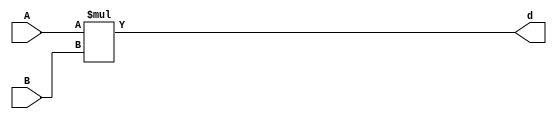
// *** FDN this application is optimized for a system with one multiplier
//         with the configurability of accurate (24 bit) and in accurate (set by
//         a2_cut, b2_cut and b1_cut. Note that both multiplication uses the same
//         multiplier, but the first one is shifted properly
`timescale 1ns / 1ps

`define a1_cut 0
`define b1_cut 8
`define a2_cut 8
`define b2_cut 8

// *** FDN: multiplier
module multiply(A, B, d);
   parameter BitWidth = 23;
   input [BitWidth : 0] A;
   input [BitWidth : 0] B;
   output [2*(BitWidth+1) - 1 : 0] d;
   assign d = $signed(A) * $signed(B);
endmodule

// *** F:DN multiplier wrapper
module multiply__wrapper (A_in_to_wrapper, B_in_to_wrapper, state, rstP, clk, racc,rapx, P, count0);
   parameter BitWidth = 23;
   
   input [BitWidth : 0] A_in_to_wrapper;
   input [BitWidth : 0] B_in_to_wrapper;
   input [8:0] count0;
   input [2:0] state;      
   input rstP; 
   input clk;
   input racc; //accurate bits reset  
   input rapx; //apx bits reset
   output [31:0] P; 

   wire [BitWidth : 0] A_in;
   wire [BitWidth : 0] B_in;
   wire [2*(BitWidth+1) - 1 : 0] d_out;
   wire [2*(BitWidth+1) - 1 : 0] d_out_temp;
   wire [BitWidth : 0] A_in_to_multiply;
   wire [BitWidth : 0] B_in_to_multiply;
   //.................................................... 
   reg [BitWidth : 0] A;
   reg [BitWidth : 0] B;
   reg [31: 0] P_tmp;
   reg [31: 0] P_reg;  

   // *** F:DN combination logic 
   assign A_in = A;
   assign B_in = B;
  
//   assign A_in_to_multiply =  (state == 3'b010) ? (A_in << 8): {A_in[BitWidth: `a2_cut], {(`a2_cut){1'b0}}};
//   assign B_in_to_multiply =  (state == 3'b010) ? {B_in[BitWidth:`b1_cut], {(`b1_cut){1'b0}}} : {B_in[BitWidth:`b2_cut], {(`b2_cut){1'b0}}};
  
   assign A_in_to_multiply =  (state == 3'b010) ? (A_in << 8): A_in;
   assign B_in_to_multiply =  B_in;

   assign P = P_reg;
   multiply mul(A_in_to_multiply, B_in_to_multiply, d_out_temp);
   assign d_out = (state == 3'b010) ? (d_out_temp>>8) : d_out_temp;

   // *** F:DN sequential logic
   always@(posedge clk or negedge racc)
   begin
       if (racc == 1'b1)begin
           A <= 24'h0;
           B <= 24'h0; 
       end
       else if ((state == 3'b001 && count0 == 9'd63) ||
           (state == 3'b010))begin
           A[BitWidth:`a1_cut] <= A_in_to_wrapper[BitWidth: `a1_cut];
           B[BitWidth: `b1_cut] <= B_in_to_wrapper[BitWidth: `b1_cut];
       end
       else if 
           ((state == 3'b011) ||
           (state == 3'b100))begin
           A[BitWidth:`a2_cut] <= A_in_to_wrapper[BitWidth:`a2_cut];
           B[BitWidth: `b2_cut] <= B_in_to_wrapper[BitWidth:`b2_cut];
       end
   end

  always@(posedge clk or negedge rapx)
  begin
      if ((state == 3'b001 && count0 == 9'd63) ||
          (state == 3'b010))begin
          if (rapx == 1'b1)begin  
              //A[BitWidth:a1_cut] <= A_in_to_wrapper; //commented out since a1_cut is set to be zero all the time
              B[`b1_cut -1 :0] <= {(`b1_cut){1'b0}};
          end
          else begin
              //A[h:a1_cut] <= A_in_to_wrapper; //commented out since a1_cut is always set to zero
              B[`b1_cut -1 :0] <= B_in_to_wrapper[`b1_cut -1 :0];
          end       
      end
      else if ((state == 3'b011) ||
          (state == 3'b100))begin
          if (rapx == 1'b1)begin  
              A[`a2_cut -1 :0] <=  {(`a2_cut){1'b0}};
              B[`b2_cut -1 :0] <= {(`b2_cut){1'b0}};
          end
          else begin
              A[`a2_cut -1 :0] <=  A_in_to_wrapper[`a2_cut - 1: 0];
              B[`b2_cut - 1 :0] <= B_in_to_wrapper[`b2_cut -1 :0];

          end
      end
  end


   /*
   always @(posedge clk or negedge rapx)                                               
   begin                                                                               
   if (~rapx)                                                                        
   begin                                                                             
   a_reg[DATA_PATH_BITWIDTH- OP_BITWIDTH - 1 : 0]<= 0;                           
   b_reg[DATA_PATH_BITWIDTH- OP_BITWIDTH - 1 : 0]<= 0;                           
  end                                                                               
  else                                                                                                                                                        
  begin                                                                             
  a_reg[DATA_PATH_BITWIDTH- OP_BITWIDTH - 1: 0]<= a[DATA_PATH_BITWIDTH- OP_BITWIDTH - 1: 0];                                                              
  b_reg[DATA_PATH_BITWIDTH- OP_BITWIDTH - 1: 0]<= b[DATA_PATH_BITWIDTH- OP_BITWIDTH - 1: 0];    
  end                                                                               
  end

  */


   always@(posedge clk or posedge racc)
   begin
       if (rstP == 1'b1) begin
           P_reg <= 32'b0;
       end
       else if (state ==  3'b010)begin
           P_tmp[31:0] = {{3{d_out[31]}}, d_out[31:3]};
           P_reg <= P_tmp;
       end
       else begin
	       P_reg[31:0] <= {{3{d_out[39]}}, d_out[39:11]};
       end
   end

endmodule



module idct(clk, start, racc, rapx, din, done, dout, state_out, reading);
   

//   integer ftw;
//   ftw = $fopen("behzads__dubuging_output.txt", "w");
   
   parameter BitWidth = 31;
   parameter BitWidth1 = 32;
	
   input clk, start;
   input racc;  
   input rapx; 
   output done;
   output reading;
   output [2:0] state_out;  
   
   input [BitWidth:0] din;
   output [BitWidth:0] dout;
   
   wire clk, start;
   wire racc;  
   reg done;
   reg reading;
   wire[2:0] state_out;  
   
   wire [BitWidth:0] din;
   reg [BitWidth:0] dout;
   
   reg [8:0] count0, count1, count2, count3;
   reg [23:0] B;
   reg [23:0] A;
   
   

   
   wire [BitWidth:0] P;
   reg [BitWidth:0] Sum; 
 


   wire [BitWidth:0] Sum_tmp;
   
   wire [BitWidth:0] COSBlock[0:7][0:7];
   reg [BitWidth:0] InBlock[0:7][0:7];  
   reg [BitWidth:0] TempBlock[0:7][0:7];
   reg [BitWidth:0] OutBlock[0:7][0:7];
   
   reg [2:0] state;      
   wire[2:0] i0, j0, k0, k2, i3, j3, k3;
   integer fpa;
   
   assign i0 = count0[8:6];
   assign j0 = count0[5:3];
   assign k0 = count0[2:0];    
   assign k2 = count2[2:0];    
   assign i3 = count3[8:6];
   assign j3 = count3[5:3];
   assign k3 = count3[2:0];    
   
   assign state_out = state;  
         
   assign Sum_tmp = P + Sum;
         
   assign COSBlock[0][0][15:0] = 16'd23170;   assign COSBlock[0][0][BitWidth:16] = {(BitWidth1-16){COSBlock[0][0][15]}};
   assign COSBlock[0][1][15:0] = 16'd32138;   assign COSBlock[0][1][BitWidth:16] = {(BitWidth1-16){COSBlock[0][1][15]}};
   assign COSBlock[0][2][15:0] = 16'd30274;   assign COSBlock[0][2][BitWidth:16] = {(BitWidth1-16){COSBlock[0][2][15]}};
   assign COSBlock[0][3][15:0] = 16'd27246;   assign COSBlock[0][3][BitWidth:16] = {(BitWidth1-16){COSBlock[0][3][15]}};
   assign COSBlock[0][4][15:0] = 16'd23170;   assign COSBlock[0][4][BitWidth:16] = {(BitWidth1-16){COSBlock[0][4][15]}};
   assign COSBlock[0][5][15:0] = 16'd18205;   assign COSBlock[0][5][BitWidth:16] = {(BitWidth1-16){COSBlock[0][5][15]}};
   assign COSBlock[0][6][15:0] = 16'd12540;   assign COSBlock[0][6][BitWidth:16] = {(BitWidth1-16){COSBlock[0][6][15]}};
   assign COSBlock[0][7][15:0] = 16'd6393;   assign COSBlock[0][7][BitWidth:16] = {(BitWidth1-16){COSBlock[0][7][15]}};

   assign COSBlock[1][0][15:0] = 16'd23170;   assign COSBlock[1][0][BitWidth:16] = {(BitWidth1-16){COSBlock[1][0][15]}};
   assign COSBlock[1][1][15:0] = 16'd27246;   assign COSBlock[1][1][BitWidth:16] = {(BitWidth1-16){COSBlock[1][1][15]}};
   assign COSBlock[1][2][15:0] = 16'd12540;   assign COSBlock[1][2][BitWidth:16] = {(BitWidth1-16){COSBlock[1][2][15]}};
   assign COSBlock[1][3][15:0] = 16'd59143;   assign COSBlock[1][3][BitWidth:16] = {(BitWidth1-16){COSBlock[1][3][15]}};
   assign COSBlock[1][4][15:0] = 16'd42366;   assign COSBlock[1][4][BitWidth:16] = {(BitWidth1-16){COSBlock[1][4][15]}};
   assign COSBlock[1][5][15:0] = 16'd33398;   assign COSBlock[1][5][BitWidth:16] = {(BitWidth1-16){COSBlock[1][5][15]}};
   assign COSBlock[1][6][15:0] = 16'd35262;   assign COSBlock[1][6][BitWidth:16] = {(BitWidth1-16){COSBlock[1][6][15]}};
   assign COSBlock[1][7][15:0] = 16'd47331;   assign COSBlock[1][7][BitWidth:16] = {(BitWidth1-16){COSBlock[1][7][15]}};

   assign COSBlock[2][0][15:0] = 16'd23170;   assign COSBlock[2][0][BitWidth:16] = {(BitWidth1-16){COSBlock[2][0][15]}};
   assign COSBlock[2][1][15:0] = 16'd18205;   assign COSBlock[2][1][BitWidth:16] = {(BitWidth1-16){COSBlock[2][1][15]}};
   assign COSBlock[2][2][15:0] = 16'd52996;   assign COSBlock[2][2][BitWidth:16] = {(BitWidth1-16){COSBlock[2][2][15]}};
   assign COSBlock[2][3][15:0] = 16'd33398;   assign COSBlock[2][3][BitWidth:16] = {(BitWidth1-16){COSBlock[2][3][15]}};
   assign COSBlock[2][4][15:0] = 16'd42366;   assign COSBlock[2][4][BitWidth:16] = {(BitWidth1-16){COSBlock[2][4][15]}};
   assign COSBlock[2][5][15:0] = 16'd6393;   assign COSBlock[2][5][BitWidth:16] = {(BitWidth1-16){COSBlock[2][5][15]}};
   assign COSBlock[2][6][15:0] = 16'd30274;   assign COSBlock[2][6][BitWidth:16] = {(BitWidth1-16){COSBlock[2][6][15]}};
   assign COSBlock[2][7][15:0] = 16'd27246;   assign COSBlock[2][7][BitWidth:16] = {(BitWidth1-16){COSBlock[2][7][15]}};

   assign COSBlock[3][0][15:0] = 16'd23170;   assign COSBlock[3][0][BitWidth:16] = {(BitWidth1-16){COSBlock[3][0][15]}};
   assign COSBlock[3][1][15:0] = 16'd6393;   assign COSBlock[3][1][BitWidth:16] = {(BitWidth1-16){COSBlock[3][1][15]}};
   assign COSBlock[3][2][15:0] = 16'd35262;   assign COSBlock[3][2][BitWidth:16] = {(BitWidth1-16){COSBlock[3][2][15]}};
   assign COSBlock[3][3][15:0] = 16'd47331;   assign COSBlock[3][3][BitWidth:16] = {(BitWidth1-16){COSBlock[3][3][15]}};
   assign COSBlock[3][4][15:0] = 16'd23170;   assign COSBlock[3][4][BitWidth:16] = {(BitWidth1-16){COSBlock[3][4][15]}};
   assign COSBlock[3][5][15:0] = 16'd27246;   assign COSBlock[3][5][BitWidth:16] = {(BitWidth1-16){COSBlock[3][5][15]}};
   assign COSBlock[3][6][15:0] = 16'd52996;   assign COSBlock[3][6][BitWidth:16] = {(BitWidth1-16){COSBlock[3][6][15]}};
   assign COSBlock[3][7][15:0] = 16'd33398;   assign COSBlock[3][7][BitWidth:16] = {(BitWidth1-16){COSBlock[3][7][15]}};

   assign COSBlock[4][0][15:0] = 16'd23170;   assign COSBlock[4][0][BitWidth:16] = {(BitWidth1-16){COSBlock[4][0][15]}};
   assign COSBlock[4][1][15:0] = 16'd59143;   assign COSBlock[4][1][BitWidth:16] = {(BitWidth1-16){COSBlock[4][1][15]}};
   assign COSBlock[4][2][15:0] = 16'd35262;   assign COSBlock[4][2][BitWidth:16] = {(BitWidth1-16){COSBlock[4][2][15]}};
   assign COSBlock[4][3][15:0] = 16'd18205;   assign COSBlock[4][3][BitWidth:16] = {(BitWidth1-16){COSBlock[4][3][15]}};
   assign COSBlock[4][4][15:0] = 16'd23170;   assign COSBlock[4][4][BitWidth:16] = {(BitWidth1-16){COSBlock[4][4][15]}};
   assign COSBlock[4][5][15:0] = 16'd38290;   assign COSBlock[4][5][BitWidth:16] = {(BitWidth1-16){COSBlock[4][5][15]}};
   assign COSBlock[4][6][15:0] = 16'd52996;   assign COSBlock[4][6][BitWidth:16] = {(BitWidth1-16){COSBlock[4][6][15]}};
   assign COSBlock[4][7][15:0] = 16'd32138;   assign COSBlock[4][7][BitWidth:16] = {(BitWidth1-16){COSBlock[4][7][15]}};

   assign COSBlock[5][0][15:0] = 16'd23170;   assign COSBlock[5][0][BitWidth:16] = {(BitWidth1-16){COSBlock[5][0][15]}};
   assign COSBlock[5][1][15:0] = 16'd47331;   assign COSBlock[5][1][BitWidth:16] = {(BitWidth1-16){COSBlock[5][1][15]}};
   assign COSBlock[5][2][15:0] = 16'd52996;   assign COSBlock[5][2][BitWidth:16] = {(BitWidth1-16){COSBlock[5][2][15]}};
   assign COSBlock[5][3][15:0] = 16'd32138;   assign COSBlock[5][3][BitWidth:16] = {(BitWidth1-16){COSBlock[5][3][15]}};
   assign COSBlock[5][4][15:0] = 16'd42366;   assign COSBlock[5][4][BitWidth:16] = {(BitWidth1-16){COSBlock[5][4][15]}};
   assign COSBlock[5][5][15:0] = 16'd59143;   assign COSBlock[5][5][BitWidth:16] = {(BitWidth1-16){COSBlock[5][5][15]}};
   assign COSBlock[5][6][15:0] = 16'd30274;   assign COSBlock[5][6][BitWidth:16] = {(BitWidth1-16){COSBlock[5][6][15]}};
   assign COSBlock[5][7][15:0] = 16'd38290;   assign COSBlock[5][7][BitWidth:16] = {(BitWidth1-16){COSBlock[5][7][15]}};

   assign COSBlock[6][0][15:0] = 16'd23170;   assign COSBlock[6][0][BitWidth:16] = {(BitWidth1-16){COSBlock[6][0][15]}};
   assign COSBlock[6][1][15:0] = 16'd38290;   assign COSBlock[6][1][BitWidth:16] = {(BitWidth1-16){COSBlock[6][1][15]}};
   assign COSBlock[6][2][15:0] = 16'd12540;   assign COSBlock[6][2][BitWidth:16] = {(BitWidth1-16){COSBlock[6][2][15]}};
   assign COSBlock[6][3][15:0] = 16'd6393;   assign COSBlock[6][3][BitWidth:16] = {(BitWidth1-16){COSBlock[6][3][15]}};
   assign COSBlock[6][4][15:0] = 16'd42366;   assign COSBlock[6][4][BitWidth:16] = {(BitWidth1-16){COSBlock[6][4][15]}};
   assign COSBlock[6][5][15:0] = 16'd32138;   assign COSBlock[6][5][BitWidth:16] = {(BitWidth1-16){COSBlock[6][5][15]}};
   assign COSBlock[6][6][15:0] = 16'd35262;   assign COSBlock[6][6][BitWidth:16] = {(BitWidth1-16){COSBlock[6][6][15]}};
   assign COSBlock[6][7][15:0] = 16'd18205;   assign COSBlock[6][7][BitWidth:16] = {(BitWidth1-16){COSBlock[6][7][15]}};

   assign COSBlock[7][0][15:0] = 16'd23170;   assign COSBlock[7][0][BitWidth:16] = {(BitWidth1-16){COSBlock[7][0][15]}};
   assign COSBlock[7][1][15:0] = 16'd33398;   assign COSBlock[7][1][BitWidth:16] = {(BitWidth1-16){COSBlock[7][1][15]}};
   assign COSBlock[7][2][15:0] = 16'd30274;   assign COSBlock[7][2][BitWidth:16] = {(BitWidth1-16){COSBlock[7][2][15]}};
   assign COSBlock[7][3][15:0] = 16'd38290;   assign COSBlock[7][3][BitWidth:16] = {(BitWidth1-16){COSBlock[7][3][15]}};
   assign COSBlock[7][4][15:0] = 16'd23170;   assign COSBlock[7][4][BitWidth:16] = {(BitWidth1-16){COSBlock[7][4][15]}};
   assign COSBlock[7][5][15:0] = 16'd47331;   assign COSBlock[7][5][BitWidth:16] = {(BitWidth1-16){COSBlock[7][5][15]}};
   assign COSBlock[7][6][15:0] = 16'd12540;   assign COSBlock[7][6][BitWidth:16] = {(BitWidth1-16){COSBlock[7][6][15]}};
   assign COSBlock[7][7][15:0] = 16'd59143;   assign COSBlock[7][7][BitWidth:16] = {(BitWidth1-16){COSBlock[7][7][15]}};

   
//   wire [31: 0] mul_res;
   //wire [63: 0] mul_res;
   //assign mul_res[63:0] = $signed(A) * $signed(B); //changed
   
   //assign mul_res[63:`a2_cut + `b2_cut] = $signed(A[31:`a2_cut]) * $signed(B[31:`b2_cut]); //changed
   //assign mul_res [(`a2_cut + `b2_cut - 1):0] = {(`a2_cut + `b2_cut){1'b0}}; //changed
   //wire [31:0]mul_res__0; 
   //assign mul_res__0[31:0] = A * B; //changed


    wire rstP; 
    wire [23: 0] A_in;
    wire [23: 0] B_in;
    assign A_in = A;
    assign B_in = B;
      

    assign rstP = ((racc == 1) || (( state ==  3'b001) && count0 == 9'd63) || (state == 3'b011)) ? 1'b1: 1'b0;
    
    wire [23:0] A_in_to_wrapper;
    wire [23:0] B_in_to_wrapper;
    assign A_in_to_wrapper = (state == 3'b001)? InBlock[0][0][23:0]:
        ((state == 3'b010)? InBlock[j0][k0][23:0]:
        ((state == 3'b011)? TempBlock[0][0][31:8]: 
        ((state == 3'b100) ? TempBlock[k0][i0][31:8]:
        24'b1)));
    assign B_in_to_wrapper = (state == 3'b001) ? COSBlock[0][0][23:0]:
        ((state == 3'b010)? COSBlock[i0][k0][23:0]:
        ((state == 3'b011)? COSBlock[0][0][23:0]: 
        ((state == 3'b100) ? COSBlock[j0][k0][23:0]:
        24'b1)));

    
    //reg rapx;
    multiply__wrapper mult(A_in_to_wrapper, B_in_to_wrapper, state, rstP, clk, racc,rapx, P, count0);




   
   always@(posedge clk or posedge racc)
   begin
      if(racc == 1)
         begin
            done <= 0;            
            dout <= 32'h0;
            state <= 3'b000;        
            reading <= 0;
            
            InBlock[0][0] <= 32'h0; InBlock[0][1] <= 32'h0; InBlock[0][2] <= 32'h0; InBlock[0][3] <= 32'h0; InBlock[0][4] <= 32'h0; InBlock[0][5] <= 32'h0; InBlock[0][6] <= 32'h0; InBlock[0][7] <= 32'h0;
            InBlock[1][0] <= 32'h0; InBlock[1][1] <= 32'h0; InBlock[1][2] <= 32'h0; InBlock[1][3] <= 32'h0; InBlock[1][4] <= 32'h0; InBlock[1][5] <= 32'h0; InBlock[1][6] <= 32'h0; InBlock[1][7] <= 32'h0;
            InBlock[2][0] <= 32'h0; InBlock[2][1] <= 32'h0; InBlock[2][2] <= 32'h0; InBlock[2][3] <= 32'h0; InBlock[2][4] <= 32'h0; InBlock[2][5] <= 32'h0; InBlock[2][6] <= 32'h0; InBlock[2][7] <= 32'h0;
            InBlock[3][0] <= 32'h0; InBlock[3][1] <= 32'h0; InBlock[3][2] <= 32'h0; InBlock[3][3] <= 32'h0; InBlock[3][4] <= 32'h0; InBlock[3][5] <= 32'h0; InBlock[3][6] <= 32'h0; InBlock[3][7] <= 32'h0;
            InBlock[4][0] <= 32'h0; InBlock[4][1] <= 32'h0; InBlock[4][2] <= 32'h0; InBlock[4][3] <= 32'h0; InBlock[4][4] <= 32'h0; InBlock[4][5] <= 32'h0; InBlock[4][6] <= 32'h0; InBlock[4][7] <= 32'h0;
            InBlock[5][0] <= 32'h0; InBlock[5][1] <= 32'h0; InBlock[5][2] <= 32'h0; InBlock[5][3] <= 32'h0; InBlock[5][4] <= 32'h0; InBlock[5][5] <= 32'h0; InBlock[5][6] <= 32'h0; InBlock[5][7] <= 32'h0;
            InBlock[6][0] <= 32'h0; InBlock[6][1] <= 32'h0; InBlock[6][2] <= 32'h0; InBlock[6][3] <= 32'h0; InBlock[6][4] <= 32'h0; InBlock[6][5] <= 32'h0; InBlock[6][6] <= 32'h0; InBlock[6][7] <= 32'h0;
            InBlock[7][0] <= 32'h0; InBlock[7][1] <= 32'h0; InBlock[7][2] <= 32'h0; InBlock[7][3] <= 32'h0; InBlock[7][4] <= 32'h0; InBlock[7][5] <= 32'h0; InBlock[7][6] <= 32'h0; InBlock[7][7] <= 32'h0;
            
            TempBlock[0][0] <= 32'h0; TempBlock[0][1] <= 32'h0; TempBlock[0][2] <= 32'h0; TempBlock[0][3] <= 32'h0; TempBlock[0][4] <= 32'h0; TempBlock[0][5] <= 32'h0; TempBlock[0][6] <= 32'h0; TempBlock[0][7] <= 32'h0;
            TempBlock[1][0] <= 32'h0; TempBlock[1][1] <= 32'h0; TempBlock[1][2] <= 32'h0; TempBlock[1][3] <= 32'h0; TempBlock[1][4] <= 32'h0; TempBlock[1][5] <= 32'h0; TempBlock[1][6] <= 32'h0; TempBlock[1][7] <= 32'h0;
            TempBlock[2][0] <= 32'h0; TempBlock[2][1] <= 32'h0; TempBlock[2][2] <= 32'h0; TempBlock[2][3] <= 32'h0; TempBlock[2][4] <= 32'h0; TempBlock[2][5] <= 32'h0; TempBlock[2][6] <= 32'h0; TempBlock[2][7] <= 32'h0;
            TempBlock[3][0] <= 32'h0; TempBlock[3][1] <= 32'h0; TempBlock[3][2] <= 32'h0; TempBlock[3][3] <= 32'h0; TempBlock[3][4] <= 32'h0; TempBlock[3][5] <= 32'h0; TempBlock[3][6] <= 32'h0; TempBlock[3][7] <= 32'h0;
            TempBlock[4][0] <= 32'h0; TempBlock[4][1] <= 32'h0; TempBlock[4][2] <= 32'h0; TempBlock[4][3] <= 32'h0; TempBlock[4][4] <= 32'h0; TempBlock[4][5] <= 32'h0; TempBlock[4][6] <= 32'h0; TempBlock[4][7] <= 32'h0;
            TempBlock[5][0] <= 32'h0; TempBlock[5][1] <= 32'h0; TempBlock[5][2] <= 32'h0; TempBlock[5][3] <= 32'h0; TempBlock[5][4] <= 32'h0; TempBlock[5][5] <= 32'h0; TempBlock[5][6] <= 32'h0; TempBlock[5][7] <= 32'h0;
            TempBlock[6][0] <= 32'h0; TempBlock[6][1] <= 32'h0; TempBlock[6][2] <= 32'h0; TempBlock[6][3] <= 32'h0; TempBlock[6][4] <= 32'h0; TempBlock[6][5] <= 32'h0; TempBlock[6][6] <= 32'h0; TempBlock[6][7] <= 32'h0;
            TempBlock[7][0] <= 32'h0; TempBlock[7][1] <= 32'h0; TempBlock[7][2] <= 32'h0; TempBlock[7][3] <= 32'h0; TempBlock[7][4] <= 32'h0; TempBlock[7][5] <= 32'h0; TempBlock[7][6] <= 32'h0; TempBlock[7][7] <= 32'h0;        
            
            OutBlock[0][0] <= 32'h0; OutBlock[0][1] <= 32'h0; OutBlock[0][2] <= 32'h0; OutBlock[0][3] <= 32'h0; OutBlock[0][4] <= 32'h0; OutBlock[0][5] <= 32'h0; OutBlock[0][6] <= 32'h0; OutBlock[0][7] <= 32'h0;
            OutBlock[1][0] <= 32'h0; OutBlock[1][1] <= 32'h0; OutBlock[1][2] <= 32'h0; OutBlock[1][3] <= 32'h0; OutBlock[1][4] <= 32'h0; OutBlock[1][5] <= 32'h0; OutBlock[1][6] <= 32'h0; OutBlock[1][7] <= 32'h0;
            OutBlock[2][0] <= 32'h0; OutBlock[2][1] <= 32'h0; OutBlock[2][2] <= 32'h0; OutBlock[2][3] <= 32'h0; OutBlock[2][4] <= 32'h0; OutBlock[2][5] <= 32'h0; OutBlock[2][6] <= 32'h0; OutBlock[2][7] <= 32'h0;
            OutBlock[3][0] <= 32'h0; OutBlock[3][1] <= 32'h0; OutBlock[3][2] <= 32'h0; OutBlock[3][3] <= 32'h0; OutBlock[3][4] <= 32'h0; OutBlock[3][5] <= 32'h0; OutBlock[3][6] <= 32'h0; OutBlock[3][7] <= 32'h0;
            OutBlock[4][0] <= 32'h0; OutBlock[4][1] <= 32'h0; OutBlock[4][2] <= 32'h0; OutBlock[4][3] <= 32'h0; OutBlock[4][4] <= 32'h0; OutBlock[4][5] <= 32'h0; OutBlock[4][6] <= 32'h0; OutBlock[4][7] <= 32'h0;
            OutBlock[5][0] <= 32'h0; OutBlock[5][1] <= 32'h0; OutBlock[5][2] <= 32'h0; OutBlock[5][3] <= 32'h0; OutBlock[5][4] <= 32'h0; OutBlock[5][5] <= 32'h0; OutBlock[5][6] <= 32'h0; OutBlock[5][7] <= 32'h0;
            OutBlock[6][0] <= 32'h0; OutBlock[6][1] <= 32'h0; OutBlock[6][2] <= 32'h0; OutBlock[6][3] <= 32'h0; OutBlock[6][4] <= 32'h0; OutBlock[6][5] <= 32'h0; OutBlock[6][6] <= 32'h0; OutBlock[6][7] <= 32'h0;
            OutBlock[7][0] <= 32'h0; OutBlock[7][1] <= 32'h0; OutBlock[7][2] <= 32'h0; OutBlock[7][3] <= 32'h0; OutBlock[7][4] <= 32'h0; OutBlock[7][5] <= 32'h0; OutBlock[7][6] <= 32'h0; OutBlock[7][7] <= 32'h0;
            
            count0 <= 9'h0;
            count1 <= 9'h0;
            count2 <= 9'h0;
            count3 <= 9'h0;
            
            //A <= 24'h0;
            //B <= 24'h0;
            //P <= 32'h0;
            Sum <= 32'h0;
         end
      else
         begin
            case (state)
            3'b000:
            begin
               done <= 0;
               count0 <= 0;
               count1 <= 0;
               count2 <= 0;
               count3 <= 0;
               if(start == 1) 
                  begin
                     reading <= 1;
                     state <= 3'b001;
                  end
               else
                  begin
                     state <= 3'b000;
                  end
            end
            3'b001:
            begin
               if(count0 == 9'd63) 
                  begin
                     //A <= InBlock[0][0][23:0]; B <= COSBlock[0][0][23:0];
                     //A <= A_in_to_wrapper ; B <= B_in_to_wrapper;
                     Sum <= 32'd0; 
                     //P <= 32'd0;
                     reading <= 0;
                     count0 <= 9'd1;
                     state <= 3'b010;
                  end
               else
                  begin
                     count0 <= count0 + 1;
                     state <= 3'b001;
                  end
               
               InBlock[j0][k0] <= din; 

            end
            3'b010:
            begin  
               //A <= InBlock[j0][k0][23:0]; B <= COSBlock[i0][k0][23:0];
               //A <= A_in_to_wrapper ; B <= B_in_to_wrapper;
               //P_tmp[31:(`a1_cut + `b1_cut)] = A[31:`a1_cut] * B[31:`b1_cut]; //changed
               //P_tmp[31:(`a1_cut + `b1_cut)] = {{3{mul_res__0[31]}}, mul_res__0[31:3]};
            //P_tmp[31:24] = {8{P_tmp[23]}};  // changed
	       //P_tmp[(`a1_cut + `b1_cut - 1):0] = {(`a1_cut + `b1_cut){1'b0}}; //changed
               //P <= P_tmp;
	       count0 <= count0 + 1;
               count1 <= count0;
               count2 <= count1;
               count3 <= count2;
            	                            
               if(k3 == 3'd7)
                  begin
                     TempBlock[j3][i3] <= Sum;                     
                     
                     Sum <= P;
                  end
               else
                  begin                     
                     //Sum <= Sum + P;                     
                     Sum <= Sum_tmp;
                  end        
                            
               if(count0 == 9'd0)
                  begin
                     state <= 3'b011; 
                  end
            end
            3'b011:
            begin
               //TempBlock[j3][i3] <= Sum + P;
               TempBlock[j3][i3] <= Sum_tmp;
               
               Sum <= 32'd0;
               //P <= 32'd0;
               count0 <= 1;
               count1 <= 0;
               count2 <= 0;
               count3 <= 0;                 
                  
               state <= 3'b100;
               
               //A <= TempBlock[0][0][31:8]; B <= COSBlock[0][0][23:0];
               //A <= A_in_to_wrapper ; B <= B_in_to_wrapper;
           end
            3'b100:
            begin 
               //A <= TempBlock[k0][i0][31:8]; B <= COSBlock[j0][k0][23:0];
               //A <= A_in_to_wrapper ; B <= B_in_to_wrapper;
               //P[31:0] <= mul_res[47:16];
	       //P[31:0] <= {{3{mul_res[47]}}, mul_res[47:19]};
           //P[31:0] <= (mul_res>>16);
           //P[31:0] <= ((A[31:`a2_cut] * B[31:`b2_cut])>>16); //changed
           //$fwrite(ftw, "%b %b %b\n", A[31:0] , B[31:0], P[31:0]);
           //P[(`a2_cut + `b2_cut - 1):0] <= {(`a2_cut + `b2_cut){1'b0}}; //changed
               count0 <= count0 + 1;
               count1 <= count0;
               count2 <= count1;
               count3 <= count2;  
                                          
               if(k3 == 3'd7)
                  begin
                     OutBlock[j3][i3] <= Sum;
                     Sum <= P;
                  end
               else
                  begin                     
                     //Sum <= Sum + P;
                     Sum <= Sum_tmp;
                  end
                  
               if(count0 == 9'd0)
                  begin
                     state <= 3'b101; 
                  end
            end
            3'b101:
            begin
               OutBlock[j3][i3] <= Sum_tmp;
               state <= 3'b110;
               count0 <= 9'b0;
               done <= 1;
            end
            3'b110:
            begin
               if(count0 == 9'd63)
                  begin
                     count0 <= 9'b0;
                     state <= 3'b000;
                  end
               else
                  begin
                     count0 <= count0 + 1;
                     state <= 3'b110;
                  end
               dout <= OutBlock[j0][k0];   
            end
            default:
               state <= 3'b000;
            endcase
         end
   end
                       
//$fclose(ftw);
//end
endmodule